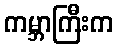
ကမ္ဘာကြီးက